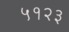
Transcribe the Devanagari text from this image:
५१२३